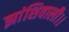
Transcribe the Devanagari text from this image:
झांशिवाली।।